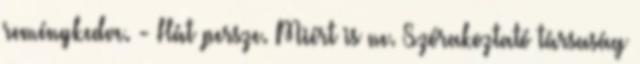
reménykedve. - Hát persze. Miért is ne. Szórakoztató társaság